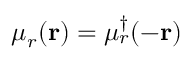
\mu _ { r } ( \mathbf { r } ) = \mu _ { r } ^ { \dagger } ( - \mathbf { r } )